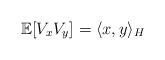
LaTeX: \begin{align*}\mathbb{E}[V_xV_y] = \langle x,y\rangle_H\end{align*}